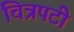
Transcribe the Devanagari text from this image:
चित्रपटी